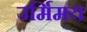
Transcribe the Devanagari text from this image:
उर्मिमय